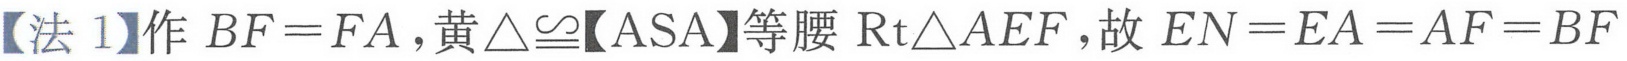
【法 1】作 \(BF = FA\)，黄\(\triangle\cong\)【ASA】等腰 \(\mathrm{Rt}\triangle AEF\)，故 \(EN = EA = AF = BF\)